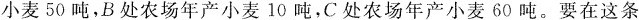
小麦50吨，B处农场年产小麦10吨，C处农场年产小麦60吨。要在这条